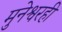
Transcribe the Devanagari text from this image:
मुनेश्वरही